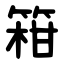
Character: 䈤